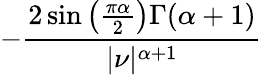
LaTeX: -{\frac{2\sin\left({\frac{\pi\alpha}{2}}\right)\Gamma(\alpha+1)}{|\nu|^{\alpha+1}}}